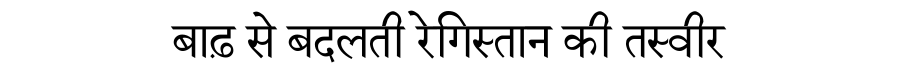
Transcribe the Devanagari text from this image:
बाढ़ से बदलती रेगिस्तान की तस्वीर